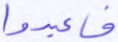
فاعبدوا